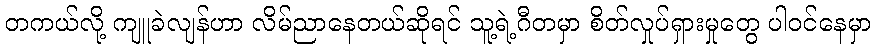
တကယ်လို့ ကျူခဲလျန်ဟာ လိမ်ညာနေတယ်ဆိုရင် သူ့ရဲ့ဂီတမှာ စိတ်လှုပ်ရှားမှုတွေ ပါဝင်နေမှာ